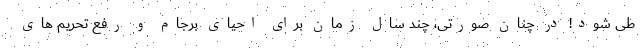
طی شود! در چنان صورتی، چند سال زمان برای احیای برجام و رفع تحریم های